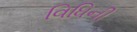
વિધિની